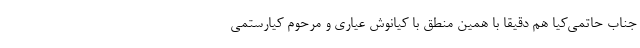
جناب حاتمی‌کیا هم دقیقا با همین منطق با کیانوش عیاری و مرحوم کیارستمی